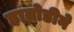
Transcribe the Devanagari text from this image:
हातोडीने